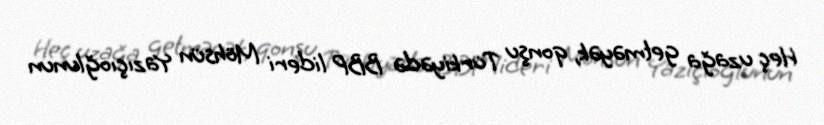
Heç uzağa getməyək, qonşu Türkiyədə BBP lideri Möhsün Yazıçıoğlunun